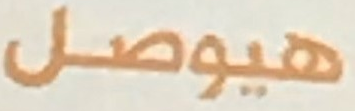
هيوصل